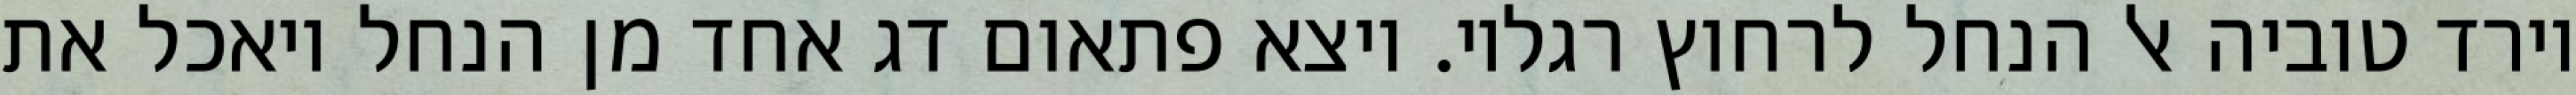
וירד טוביה אל הנחל לרחוץ רגליו. ויצא פתאום דג אחד מן הנחל ויאכל את